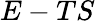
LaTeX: E-TS